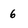
Character: 6